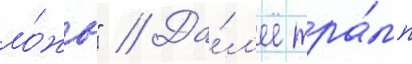
ло́жь" // Да́л'ее тра́мп